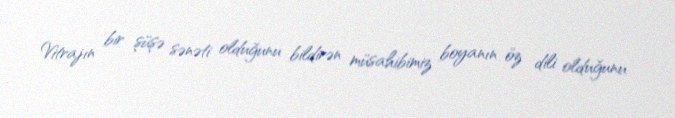
Vitrajın bir şüşə sənəti olduğunu bildirən müsahibimiz boyanın öz dili olduğunu